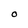
Character: O